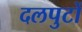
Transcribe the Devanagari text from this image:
दलपुटों